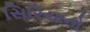
સિરિયાનો